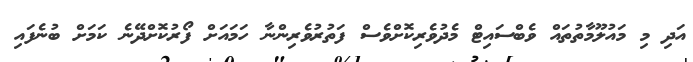
އަދި މި މައުލޫމާތުތައް ވެބްސައިޓް މެދުވެރިކޮށްވެސް ފަތުރުވެރިންނާ ހަމައަށް ފޯރުކޮށްދޭނެ ކަމަށް ބުނެފައި